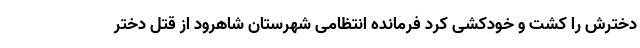
دخترش را کشت و خودکشی کرد فرمانده انتظامی شهرستان شاهرود از قتل دختر